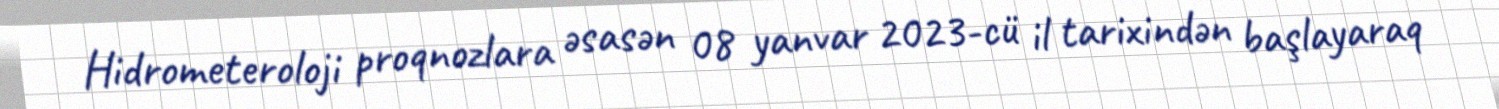
Hidrometeroloji proqnozlara əsasən 08 yanvar 2023-cü il tarixindən başlayaraq